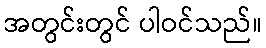
အတွင်းတွင် ပါဝင်သည်။